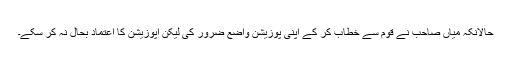
حالانکہ میاں صاحب نے قوم سے خطاب کر کے اپنی پوزیشن واضع ضرور کی لیکن اپوزیشن کا اعتماد بحال نہ کر سکے۔